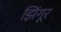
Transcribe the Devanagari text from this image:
झिंगूर